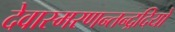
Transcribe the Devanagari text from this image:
देवास्मरणन्तन्द्रदियो